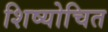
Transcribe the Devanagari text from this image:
शिष्योचित